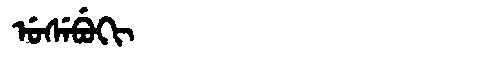
Manchu: ᡠᠰᡝᠪᡠᡴᡳ
Romanization: USEBUKI